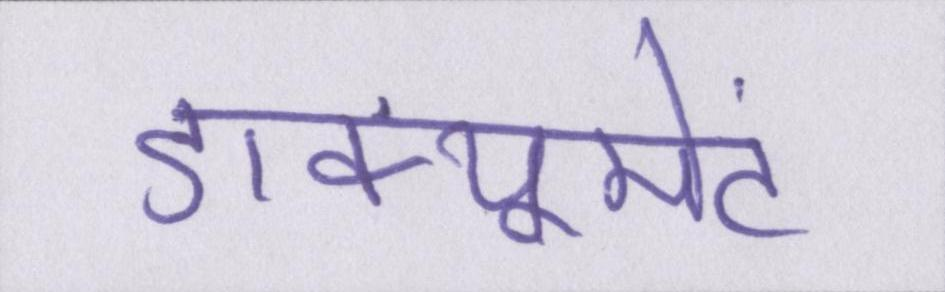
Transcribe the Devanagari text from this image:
डाक्यूमेंट